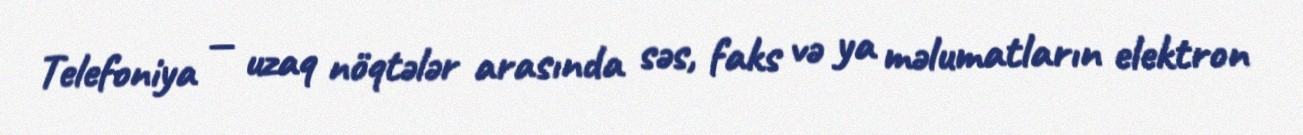
Telefoniya — uzaq nöqtələr arasında səs, faks və ya məlumatların elektron